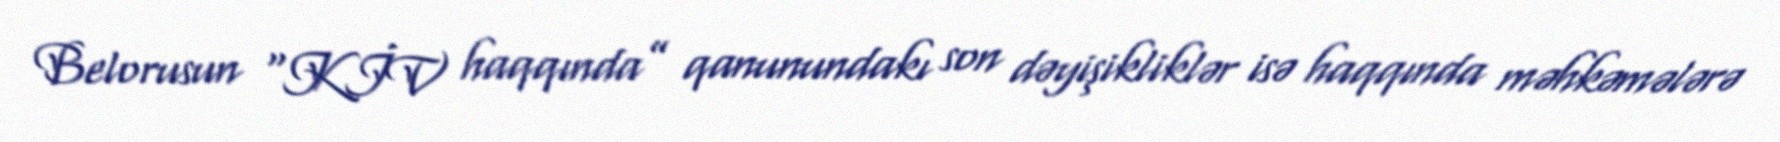
Belorusun “KİV haqqında” qanunundakı son dəyişikliklər isə haqqında məhkəmələrə